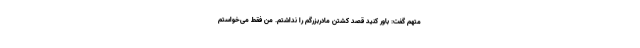
متهم گفت: باور کنید قصد کشتن مادربزرگم را نداشتم. من فقط می‌خواستم